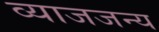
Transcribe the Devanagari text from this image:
व्याजजन्य